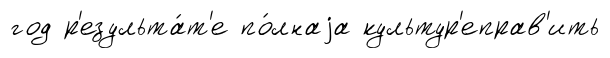
год р'езульта́т'е по́лнаjа культур'еправ'ить